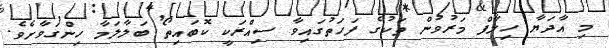
މި އާދަޔާ ހިލާފް މަރުވުން ތަކުގެ ފަހަތުގައިވާ ސިއްރަކީ ކޮބައިތޯ ބަލާލަމާ ހިންގަވާށެވެ.